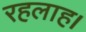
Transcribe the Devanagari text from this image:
रहलाह।